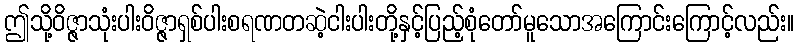
ဤသို့ဝိဇ္ဇာသုံးပါးဝိဇ္ဇာရှစ်ပါးစရဏတဆဲ့ငါးပါးတို့နှင့်ပြည့်စုံတော်မူသောအကြောင်းကြောင့်လည်း။